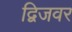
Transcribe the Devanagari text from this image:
द्विजवर